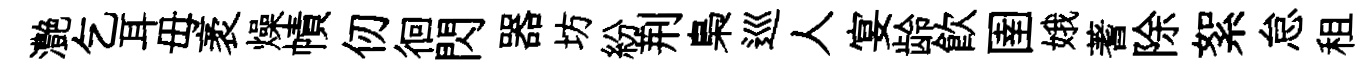
灔乞耳毋袤燥幘仞徊閃器坊紛荆梟巡人宴龄飲圉娥蓍除絮怠租